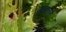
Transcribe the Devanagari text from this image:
मांगनोरी